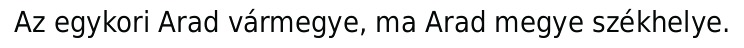
Az egykori Arad vármegye, ma Arad megye székhelye.